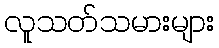
လူသတ်သမားများ